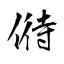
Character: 偫